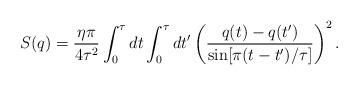
LaTeX: \begin{align*}S(q)=\frac{\eta\pi}{4\tau^2} \int_0^{\tau} dt \int_0^{\tau} dt'\left ( \frac{ q(t)- q(t') }{ \sin [ \pi(t-t')/\tau ] } \right )^2.\end{align*}